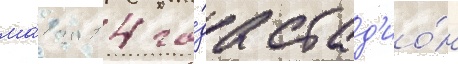
ма́я 2014 го́да стад'ио́н